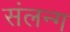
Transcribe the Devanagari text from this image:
संलन्ग